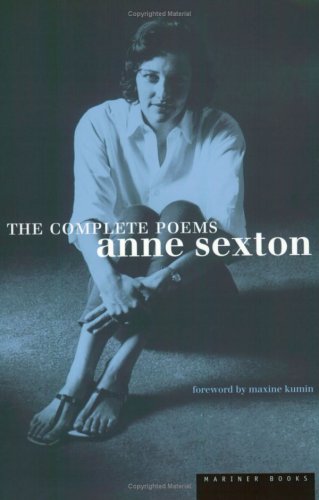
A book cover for The Complete Poems: Anne Sexton; Anne Sexton; Literature & Fiction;